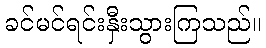
ခင်မင်ရင်းနှီးသွားကြသည်။